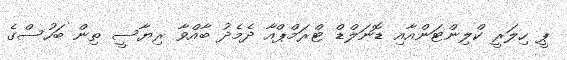
ޕީ ހިލަރީ ކްލިންޓަންއާއި ޑޮނަލްޑް ޓްރަމްޕްއާ ދެމެދު ބާއްވާ ރިޔާސީ ތިން ބަހުސްގެ